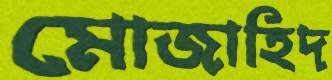
মোজাহিদ